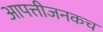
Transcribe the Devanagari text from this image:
आपत्तीजनकच